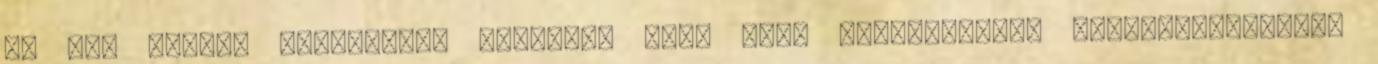
én sem lettem fiatalabb. Manapság több időt szentelhetek kedvteléseimnek.